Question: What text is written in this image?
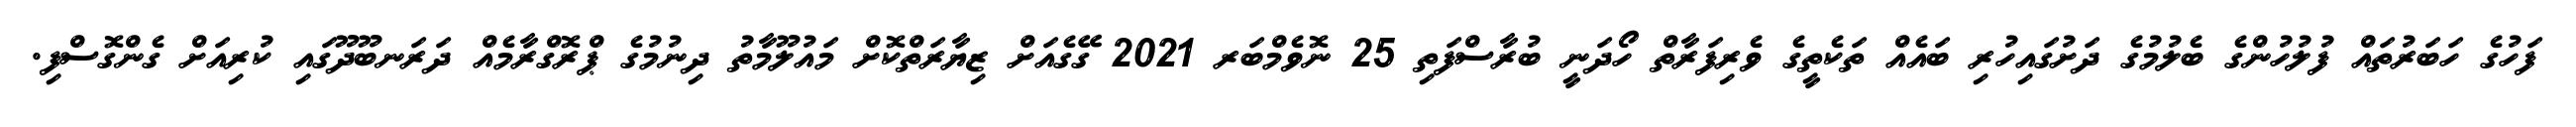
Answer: ފަހުގެ ހަބަރުތައް ފުލުހުންގެ ބެލުމުގެ ދަށުގައިހުރި ބައެއް ތަކެތީގެ ވެރިފަރާތް ހޯދަނީ ބުރާސްފަތި 25 ނޮވެމްބަރ 2021 ގޭގެއަށް ޒިޔާރަތްކޮށް މައުލޫމާތު ދިނުމުގެ ޕްރޮގްރާމެއް ދަރަނބޫދޫގައި ކުރިއަށް ގެންގޮސްފި.